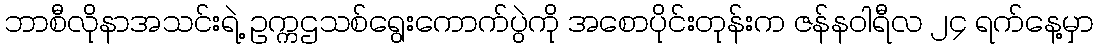
ဘာစီလိုနာအသင်းရဲ့ ဥက္ကဌသစ်ရွေးကောက်ပွဲကို အစောပိုင်းတုန်းက ဇန်နဝါရီလ ၂၄ ရက်နေ့မှာ